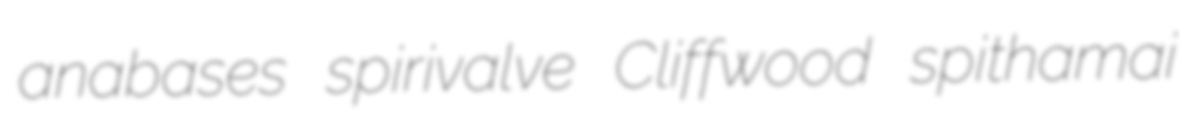
anabases spirivalve Cliffwood spithamai